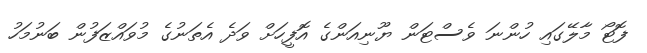
ފޮޓޯ މާލޭގައި ހުންނަ ވެސްޓަން ޔޫނިއަންގެ އޮފީހަށް ވަދެ އެތަނުގެ މުވައްޒަފުން ބަނުމަހު